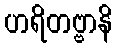
ဟရိတဗ္ဗာနိ